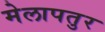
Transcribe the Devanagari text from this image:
मेलापतुर